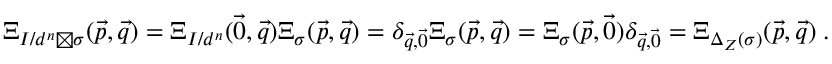
\begin{array} { r } { \Xi _ { I / d ^ { n } \boxtimes \sigma } ( \vec { p } , \vec { q } ) = \Xi _ { I / d ^ { n } } ( \vec { 0 } , \vec { q } ) \Xi _ { \sigma } ( \vec { p } , \vec { q } ) = \delta _ { \vec { q } , \vec { 0 } } \Xi _ { \sigma } ( \vec { p } , \vec { q } ) = \Xi _ { \sigma } ( \vec { p } , \vec { 0 } ) \delta _ { \vec { q } , \vec { 0 } } = \Xi _ { \Delta _ { Z } ( \sigma ) } ( \vec { p } , \vec { q } ) \; . } \end{array}